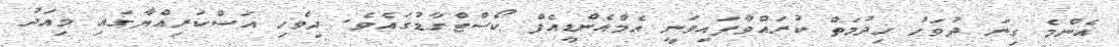
އެންމެ ގިނަ ދުވަހު ޚިދުމަތް ކުރައްވާފައިވަނީ އެމްއެންޑީއެފް ކޯސްޓްގާޑުގައެވެ. ދިވެހި އަސްކަރިއްޔާގައި މިއަދު